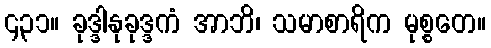
၄၃၁။ ခုဒ္ဒါနုခုဒ္ဒကံ အာဘိ၊ သမာစာရိက မုစ္စတေ။